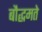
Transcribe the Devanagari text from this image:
बौद्धमते